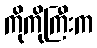
ကိုကိုကြီးက